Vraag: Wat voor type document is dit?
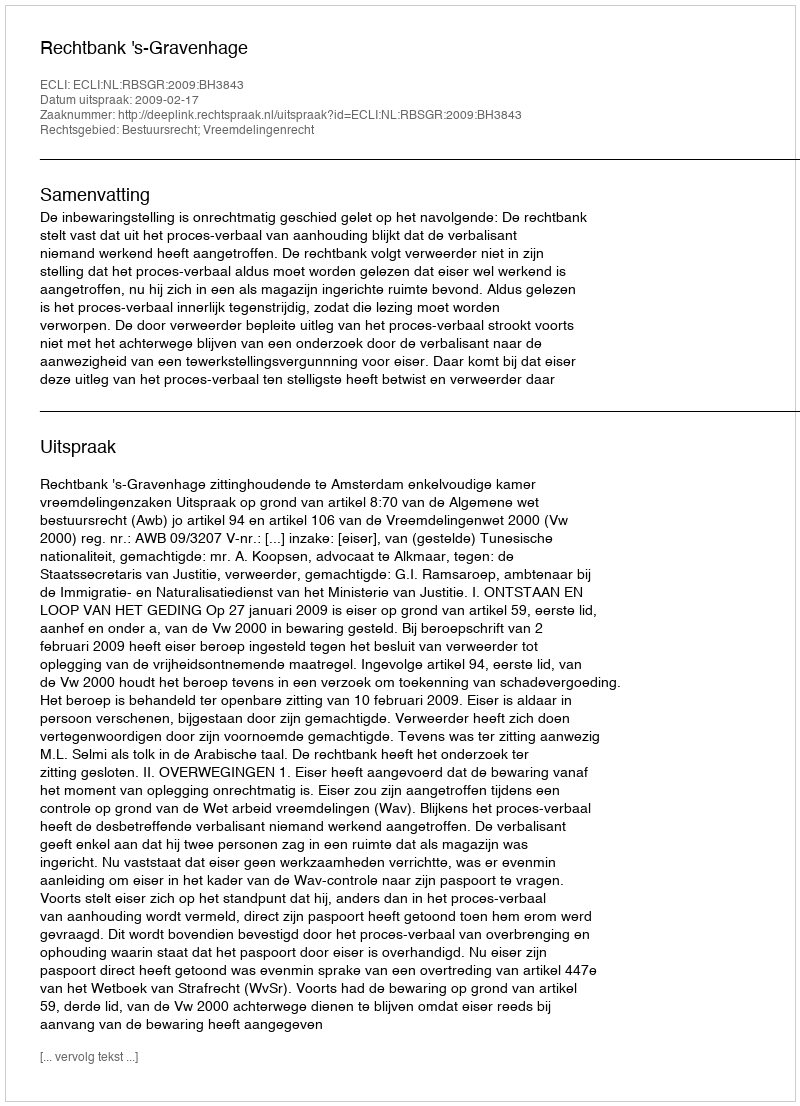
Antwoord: Uitspraak